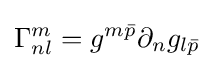
\Gamma _{nl}^{m}=g^{m{\bar {p}}}\partial _{n}g_{l{\bar {p}}}